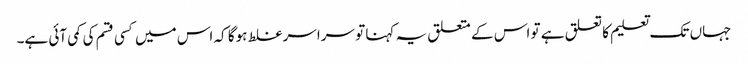
جہاں تک تعلیم کا تعلق ہے تو اس کے متعلق یہ کہنا تو سراسر غلط ہوگا کہ اس میں کسی قسم کی کمی آئی ہے۔